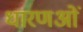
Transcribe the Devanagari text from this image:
धारणओं